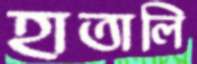
হাতালি